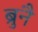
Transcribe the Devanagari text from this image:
ब्रुनै